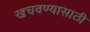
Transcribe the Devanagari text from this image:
खचवण्यासाठी